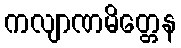
ကလျာဏမိတ္တေန